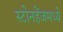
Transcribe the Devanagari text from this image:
स्टोनहेंजमध्ये